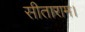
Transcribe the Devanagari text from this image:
सीताराम।